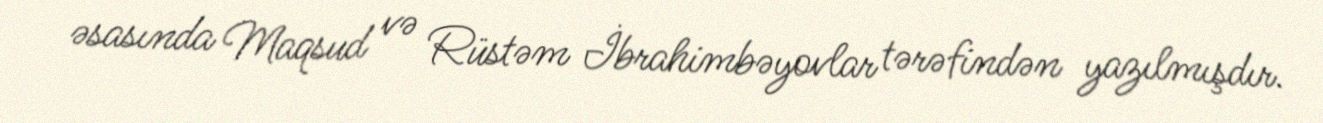
əsasında Maqsud və Rüstəm İbrahimbəyovlar tərəfindən yazılmışdır.